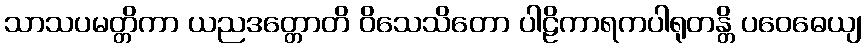
သာသပမတ္တိကာ ယညဒတ္တောတိ ဝိသေသိတော ပါဠိကာရကပါရုတန္တိ ပဝေဓေယျ